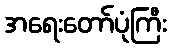
အရေးတော်ပုံကြီး